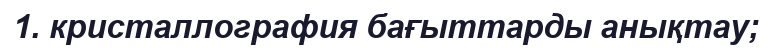
1. кристаллография бағыттарды анықтау;